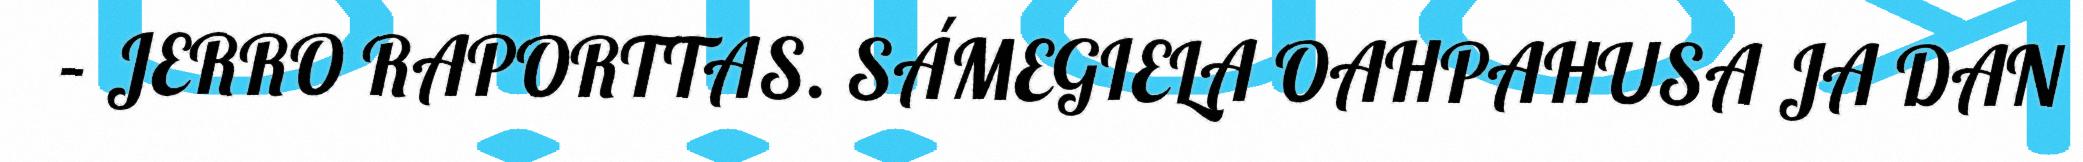
– JERRO RAPORTTAS. SÁMEGIELA OAHPAHUSA JA DAN